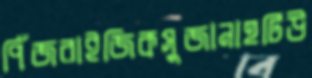
পিঁজরাইজিকসুজানাহটিউ